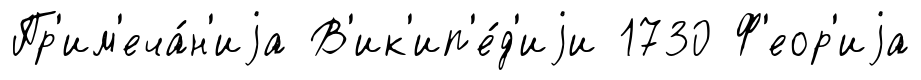
Пр'им'еча́н'иjа В'ик'ип'е́д'иjи 1730 Ф'еор'иjа